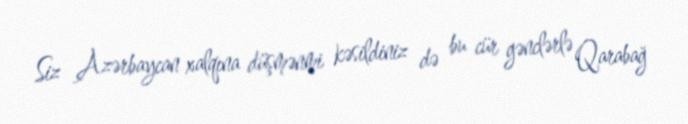
Siz Azərbaycan xalqına düşmənmi kəsildiniz də bu cür gənclərlə Qarabağ